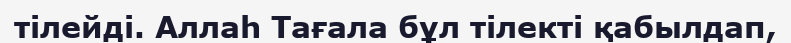
тілейді. Аллаһ Тағала бұл тілекті қабылдап,